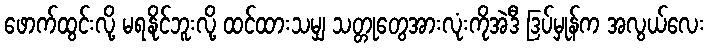
ဖောက်ထွင်းလို့ မရနိုင်ဘူးလို့ ထင်ထားသမျှ သတ္တုတွေအားလုံးကိုအဲဒီ ဒြပ်မှုန်က အလွယ်လေး